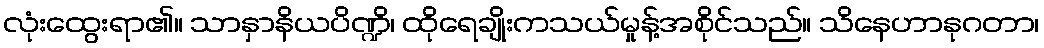
လုံးထွေးရာ၏။ သာနှာနိယပိဏ္ဍိ၊ ထိုရေချိုးကသယ်မှုန့်အစိုင်သည်။ သိနေဟာနုဂတာ၊